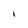
Character: I